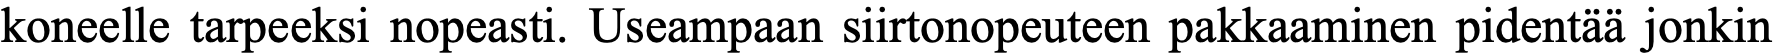
koneelle tarpeeksi nopeasti. Useampaan siirtonopeuteen pakkaaminen pidentää jonkin